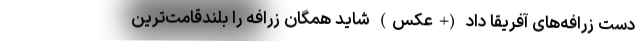
دست زرافه‌های آفریقا داد (+عکس) شاید همگان زرافه را بلندقامت‌ترین